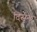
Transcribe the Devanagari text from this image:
दिसुन्